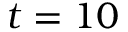
t = 1 0